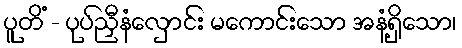
ပူတိံ - ပုပ်ညှီနံလှောင်း မကောင်းသော အနံ့ရှိသော၊